Indian Medical Review
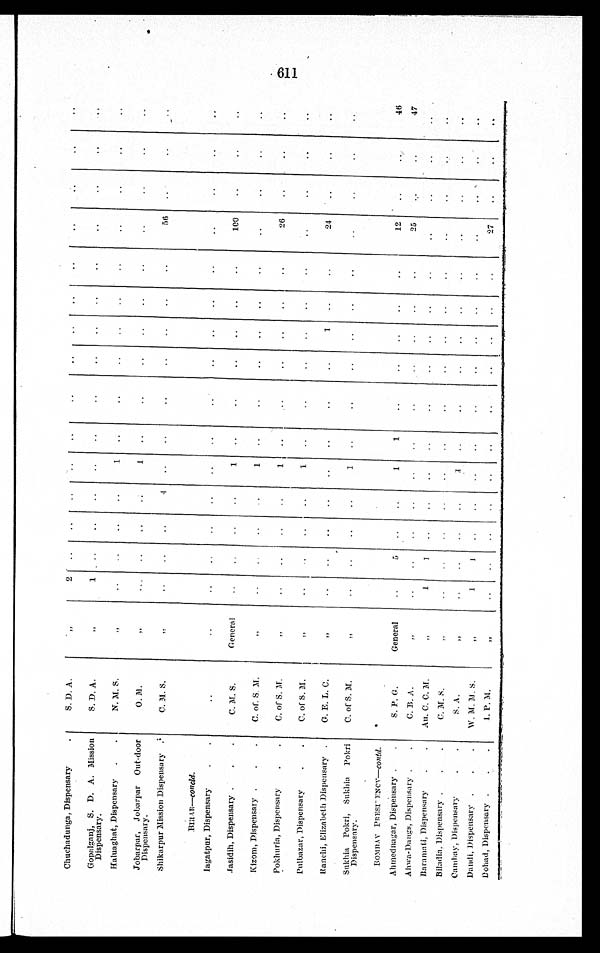
Chuchadunga, Dispensary
S. D. A.
„
2
Gopalganj, S. D. A. Mission
Dispensary.
S. D. A.
„
1
Haluaghat, Dispensary
N. M. S.
„
1
Jobarpar, Jobarpar out-door
Dispensary.
O. M.
„
1
Shikarpur Mission Dispensary
C. M. S.
„
4
56
BI HAR—concl d.
I a g a t p u r , D i s p e n s a r y
Jasidih, Dispensary
C. M. S.
General
1
100
Kizom, Dispensary
C. of. S. M.
„
1
Pokhur i a, Di spensar y
C. of S. M.
„
1
26
Pulbazar, Dispensary
C. of S. M.
„
1
Ranchi, Elizabeth Dispensary
G. E. L. C.
„
1
24
Sukhia Pokri, Sukhia Pokri
Dispensary.
C. of S. M.
„
1
BOMBAY PRESIDENCY—contd.
Ahmednagar, Dispensary
S. P. G.
General
5
1
1
12
46
Ahwa-Dangs, Di spensary
C. B. A.
„
2 5
47
Baramati, Dispensary
Au. C. C. M.
„
1
1
Biladia, Dispensary
C. M. S.
„
Cambay, Dispensary
S . A
„
1
Dandi, Dispensary
W. M. M. S
„
1
1
D o h a d , D i s p e n s a r y
I. P. M.
„
27